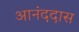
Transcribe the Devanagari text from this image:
आनंददास